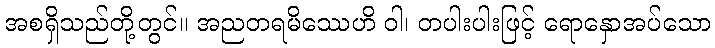
အစရှိသည်တို့တွင်။ အညတရမိဿေဟိ ဝါ၊ တပါးပါးဖြင့် ရောနှောအပ်သော